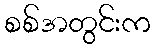
စစ်အတွင်းက